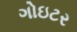
ગોઇટર